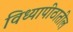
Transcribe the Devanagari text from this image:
विध्यापीठातील